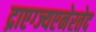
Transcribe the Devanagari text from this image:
द्राएग्ज्यएनेरतेद